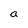
Character: a